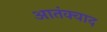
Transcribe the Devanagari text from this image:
आतंक्वाद